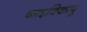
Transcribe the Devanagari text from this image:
काइविकापू